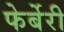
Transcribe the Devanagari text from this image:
फेर्बेरी